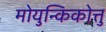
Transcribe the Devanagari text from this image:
मोयुन्किकोत्तु